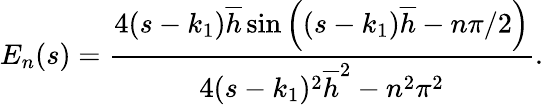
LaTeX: E_{n}(s)=\frac{4(s-k_{1})\overline{{h}}\sin\left((s-k_{1})\overline{{h}}-n\pi/2\right)}{4(s-k_{1})^{2}\overline{{h}}^{2}-n^{2}\pi^{2}}.